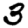
Digit: 3